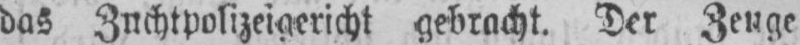
das Zuchtpolizeigericht gebracht. Der Zeuge